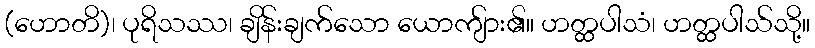
(ဟောတိ)၊ ပုရိသဿ၊ ချိန်းချက်သော ယောကျ်ား၏။ ဟတ္ထပါသံ၊ ဟတ္ထပါသ်သို့။